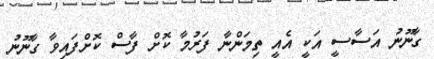
ގާނޫނު އަސާސީ އަކީ އެއީ ތިމަންނާ ފަރުމާ ކޮށް ފާސް ކޮށްފައިވާ ގާނޫނު